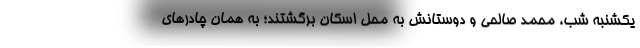
يكشنبه شب، محمد صالحي و دوستانش به محل اسكان برگشتند؛ به همان چادرهاي